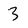
Character: 3